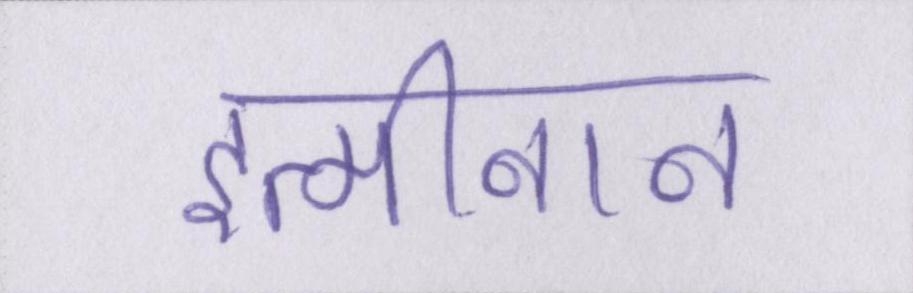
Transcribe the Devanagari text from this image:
इत्मीनान